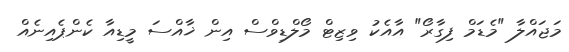
މަޖައްލާ "މެޑަމް ފިގާރޯ" އާއެކު ވިޒިޓް މޯލްޑިވްސް އިން ޚާއްސަ މީޑިއާ ކެންޕެއިނެއް